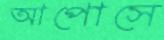
আপোসে